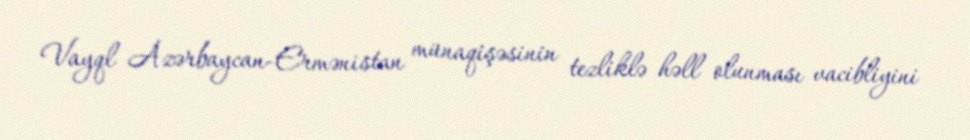
Vayql Azərbaycan-Ermənistan münaqişəsinin tezliklə həll olunması vacibliyini